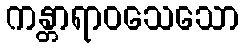
ကန္တာရာဝသေသော